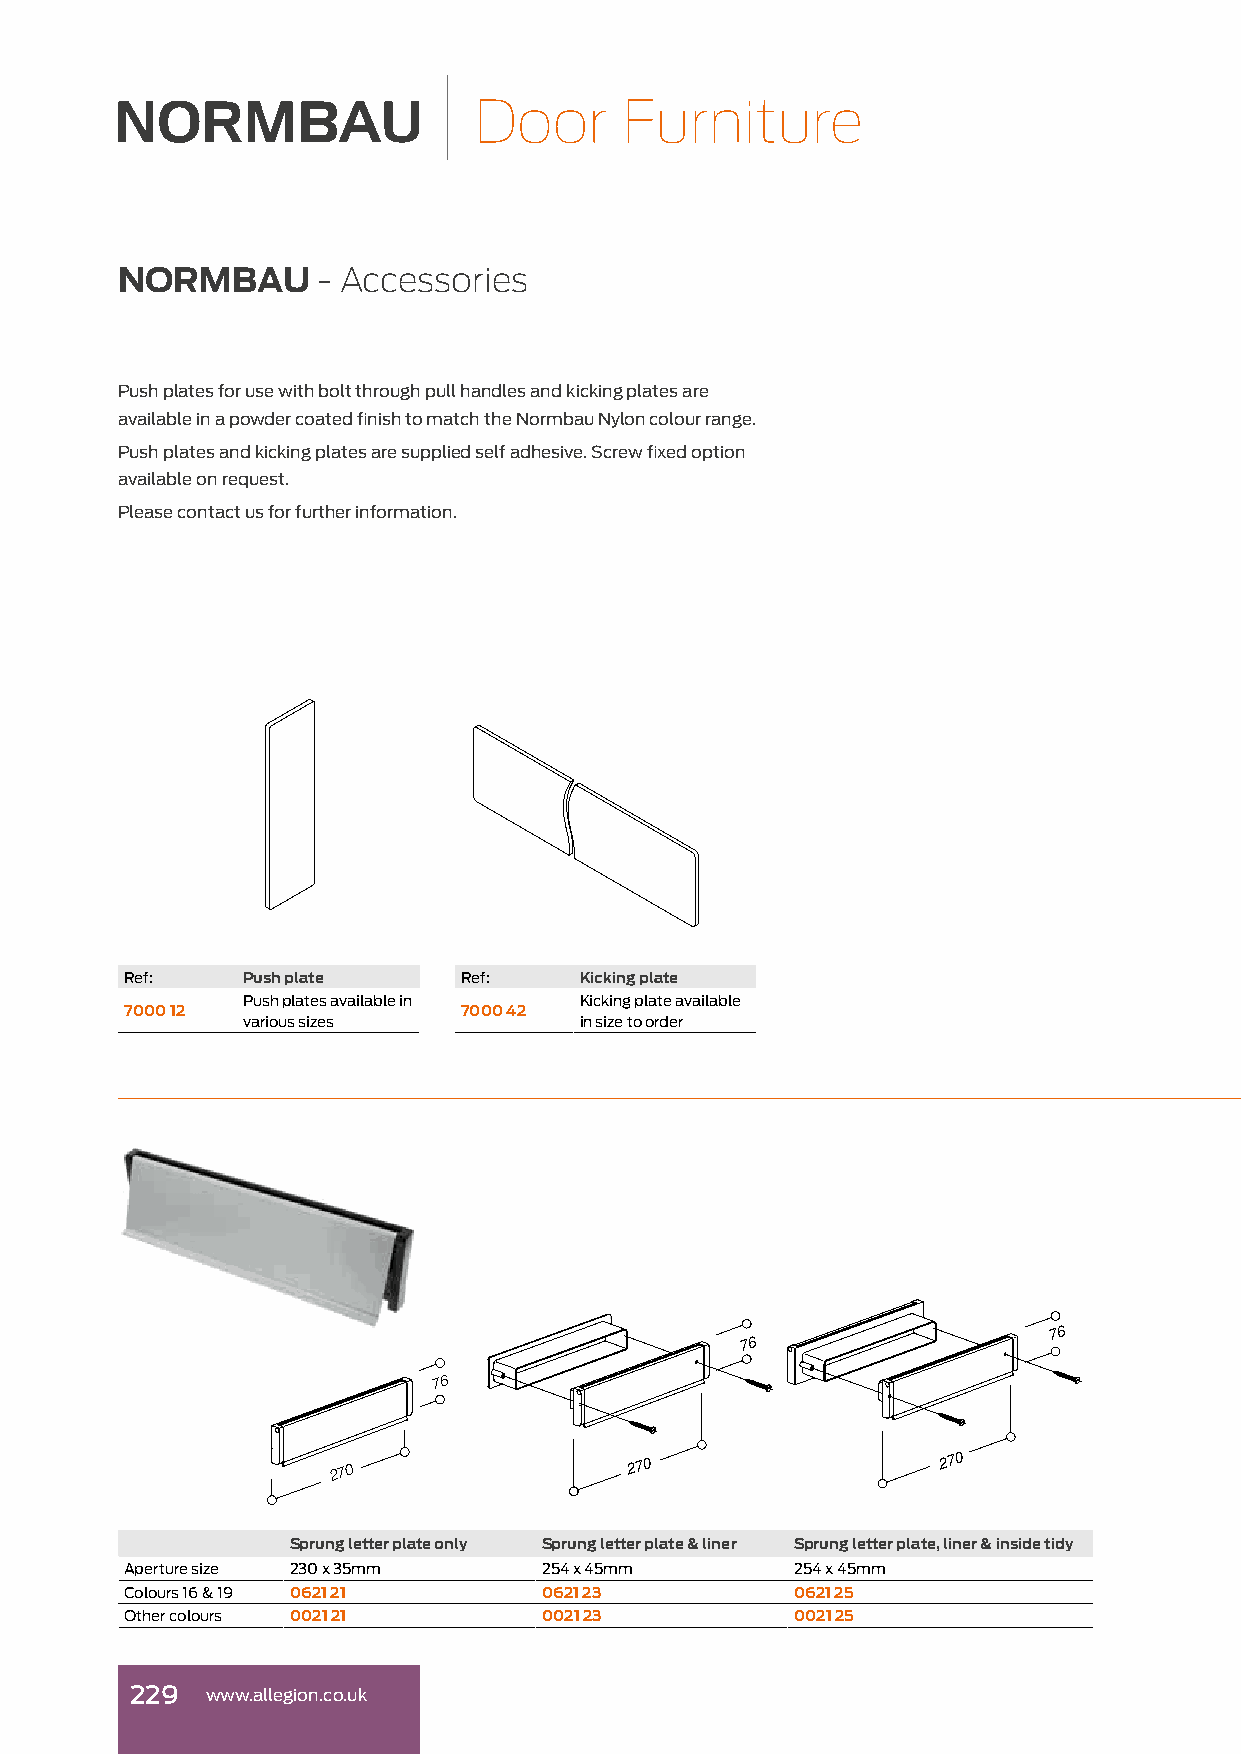
DDoooorr  FFuurrnniittuurree
 NORMBAU      - Accessories
 Push plates for use with bolt through pull handles and kicking plates are
 available in a powder coated finish to match the Normbau Nylon colour range.
 Push plates and kicking plates are supplied self adhesive. Screw fixed option
 available on request.
 Please contact us for further information.
 Ref:    Push plate    Ref:    Kicking plate
 Push plates available in Kicking plate available
 7000 12               7000 42
 various sizes         in size to order
 76
 76
 76
 270                 270                 270
 Sprung letter plate only Sprung letter plate & liner Sprung letter plate, liner & inside tidy
 Aperture size 230 x 35mm    254 x 45mm       254 x 45mm
 Colours 16 & 19 0621 21     0621 23          0621 25
 Other colours 0021 21       0021 23          0021 25
 229  www.allegion.co.uk